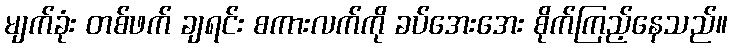
မျက်ခုံး တစ်ဖက် ချရင်း စကားလက်ကို ခပ်အေးအေး စိုက်ကြည့်နေသည်။